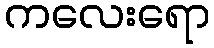
ကလေးရော